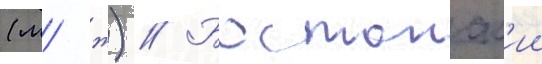
(м/ ж) // Бостонск'ии